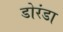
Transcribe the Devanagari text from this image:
डोरंडा